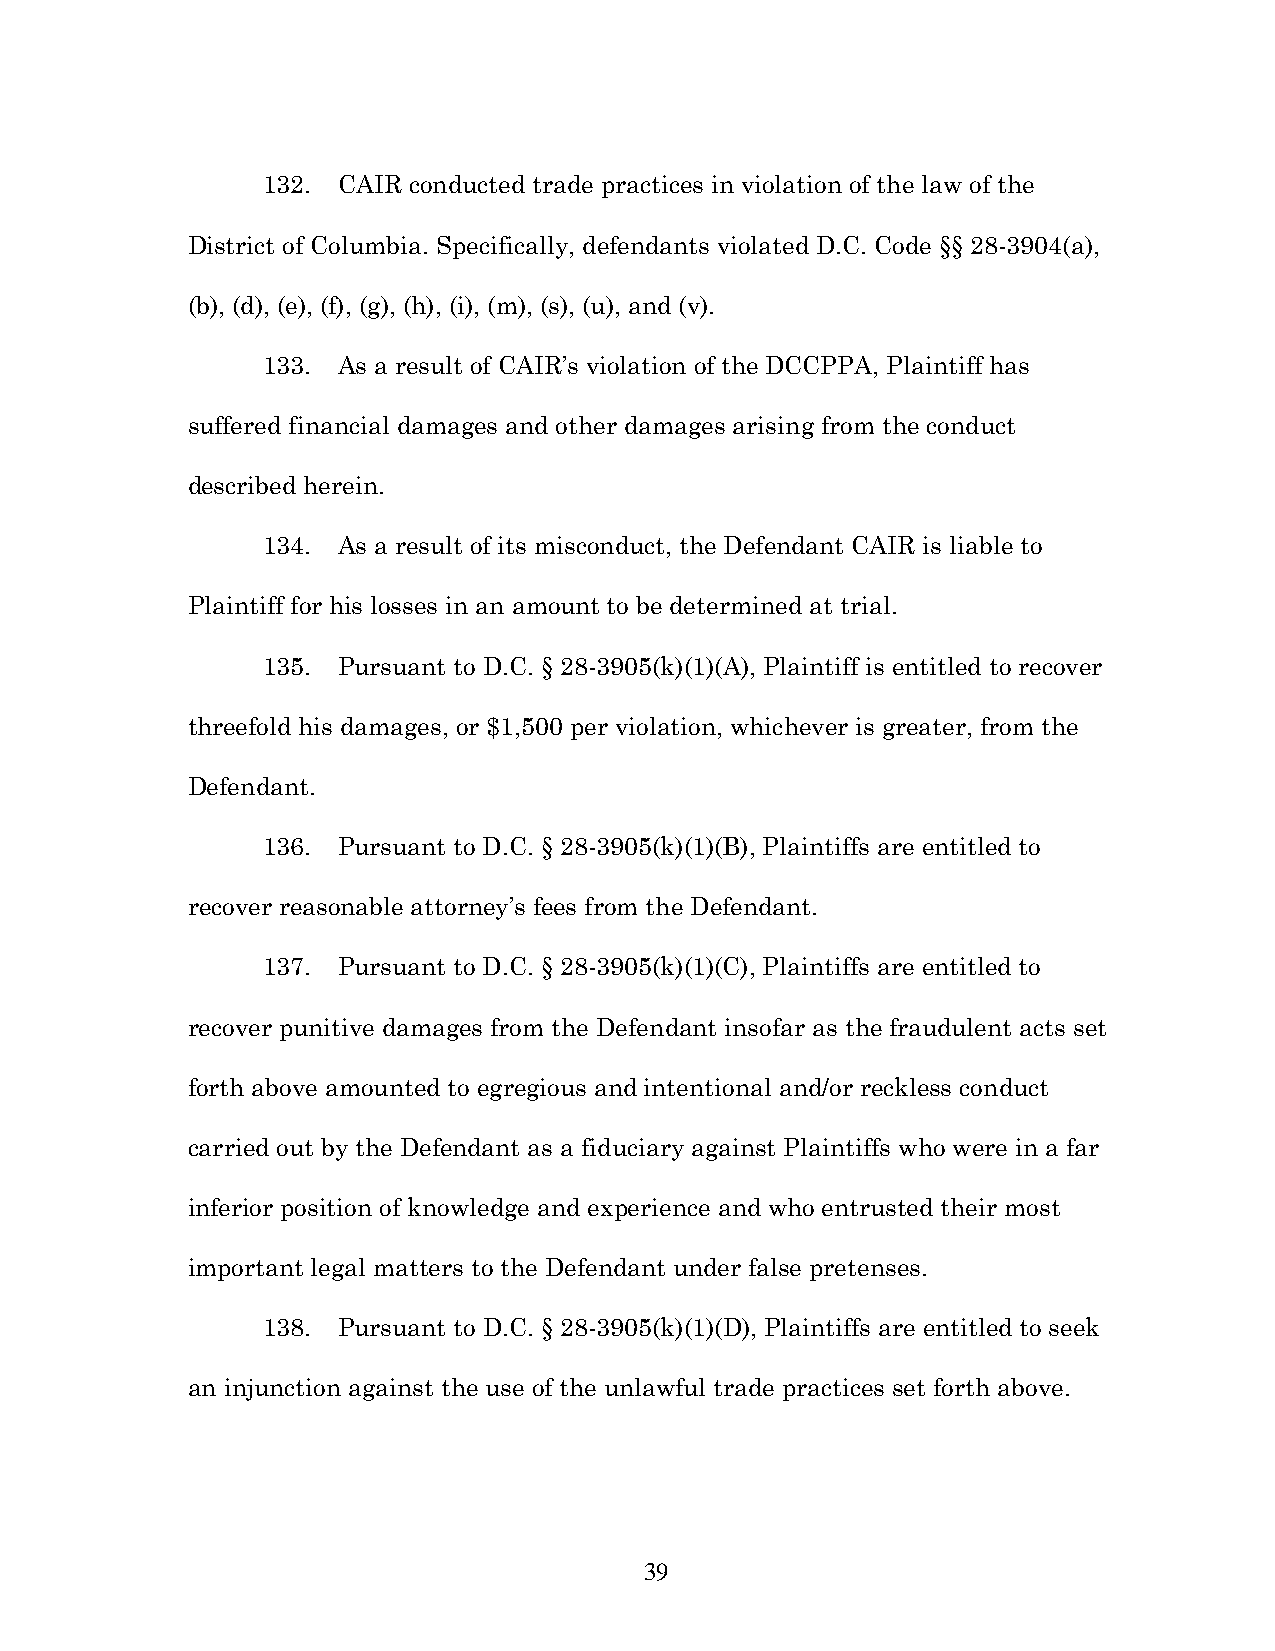
132. CAIR conducted trade practices in violation of the law of the
 District of Columbia. Specifically, defendants violated D.C. Code §§ 28-3904(a),
 (b), (d), (e), (f), (g), (h), (i), (m), (s), (u), and (v).
 133. As a result of CAIR’s violation of the DCCPPA, Plaintiff has
 suffered financial damages and other damages arising from the conduct
 described herein.
 134. As a result of its misconduct, the Defendant CAIR is liable to
 Plaintiff for his losses in an amount to be determined at trial.
 135. Pursuant to D.C. § 28-3905(k)(1)(A), Plaintiff is entitled to recover
 threefold his damages, or $1,500 per violation, whichever is greater, from the
 Defendant.
 136. Pursuant to D.C. § 28-3905(k)(1)(B), Plaintiffs are entitled to
 recover reasonable attorney’s fees from the Defendant.
 137. Pursuant to D.C. § 28-3905(k)(1)(C), Plaintiffs are entitled to
 recover punitive damages from the Defendant insofar as the fraudulent acts set
 forth above amounted to egregious and intentional and/or reckless conduct
 carried out by the Defendant as a fiduciary against Plaintiffs who were in a far
 inferior position of knowledge and experience and who entrusted their most
 important legal matters to the Defendant under false pretenses.
 138. Pursuant to D.C. § 28-3905(k)(1)(D), Plaintiffs are entitled to seek
 an injunction against the use of the unlawful trade practices set forth above.
 39